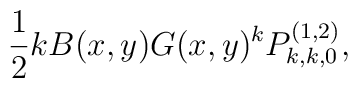
\frac{1}{2} k B(x,y) G(x,y)^k P^{(1,2)}_{k,k,0},